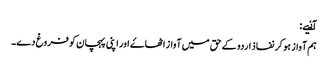
آٸیے:
ہم آواز ہو کر نفاذ اردو کے حق میں آواز اٹھاۓ اور اپنی پہچان کو فروغ دے۔